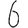
Digit: 6